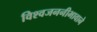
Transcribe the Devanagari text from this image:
विश्वजननीभावाने